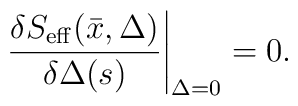
\left. {\delta S_{\rm eff}(\bar x,\Delta) \over \delta\Delta(s)}\right\vert_{\Delta=0} = 0.